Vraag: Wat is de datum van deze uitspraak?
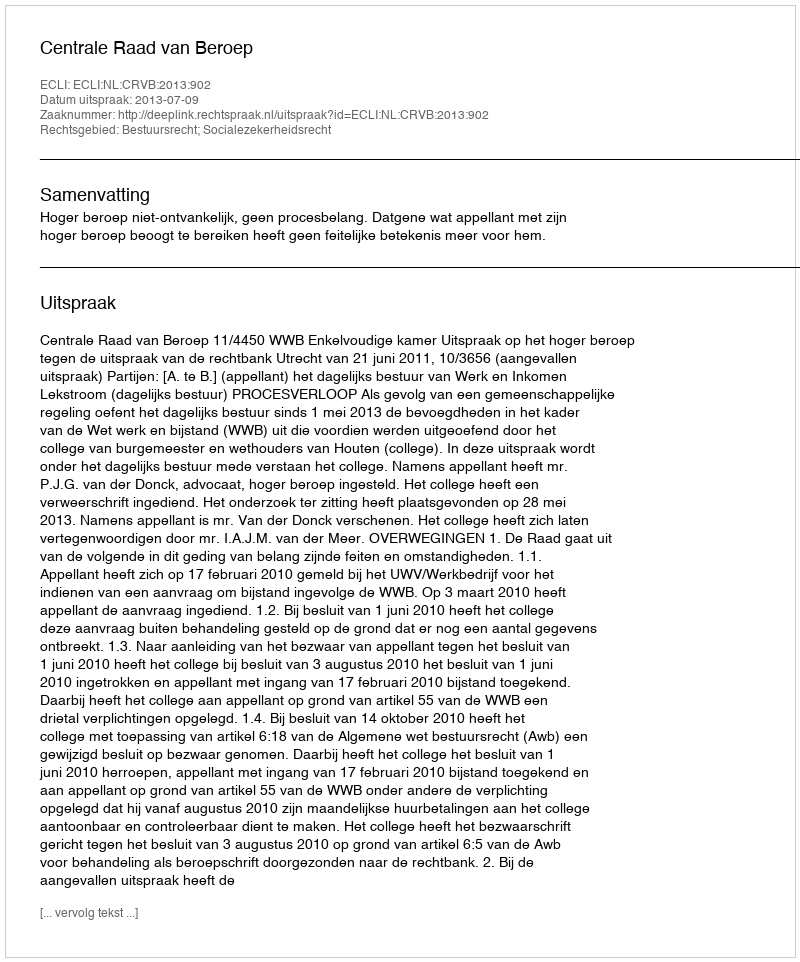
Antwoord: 2013-07-09